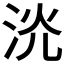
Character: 𣴕